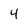
Character: 4